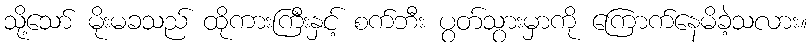
သို့သော် မိုးမခသည် ထိုကားကြီးနှင့် စက်ဘီး ပွတ်သွားမှာကို ကြောက်နေမိခဲ့သလား။